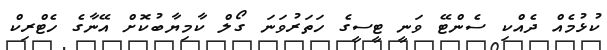
ކުޅުމެއް ދެއްކި ސެންޓޭ ވަނީ ޓީސީގެ ހަތަރުވަނަ ގޯލް ކާމިޔާބުކޮށް އޭނާގެ ހެޓްރިކް